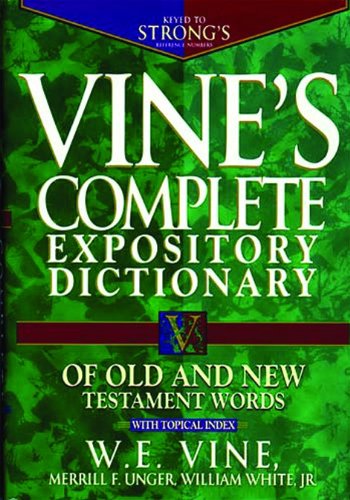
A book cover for Vine's Complete Expository Dictionary of Old and New Testament Words; W. E. Vine; Christian Books & Bibles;